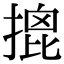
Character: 𢱧